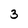
Character: 3